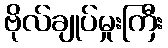
ဗိုလ်ချုပ်မှုးကြီး